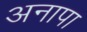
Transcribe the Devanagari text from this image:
अनापा